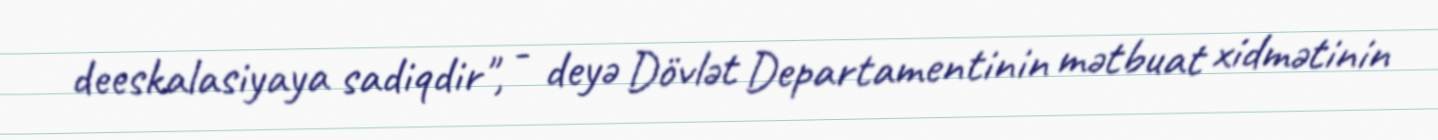
deeskalasiyaya sadiqdir", - deyə Dövlət Departamentinin mətbuat xidmətinin